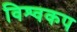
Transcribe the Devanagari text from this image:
विश्‍वकप